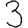
Digit: 3